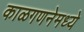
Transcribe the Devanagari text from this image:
काळगणनेमध्ये